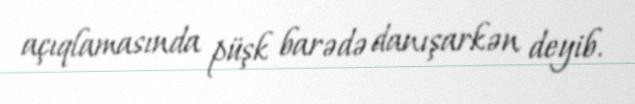
açıqlamasında püşk barədə danışarkən deyib.